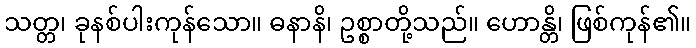
သတ္တ၊ ခုနစ်ပါးကုန်သော။ ဓနာနိ၊ ဥစ္စာတို့သည်။ ဟောန္တိ၊ ဖြစ်ကုန်၏။